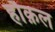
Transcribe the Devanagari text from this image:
हौक़ल